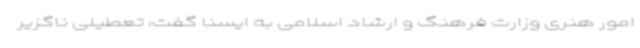
امور هنری وزارت فرهنگ و ارشاد اسلامی به ایسنا گفت: تعطیلی ناگزیر